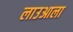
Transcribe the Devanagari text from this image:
लाउआला